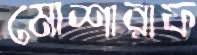
মোশারাফ